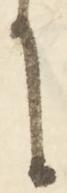
に